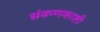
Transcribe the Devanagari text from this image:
संकणकाशी